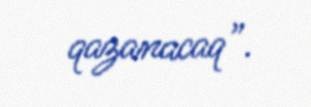
qazanacaq”.